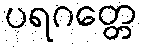
ပရဂတ္တေ